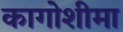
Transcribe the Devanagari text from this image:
कागोशीमा